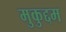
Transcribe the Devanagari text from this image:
मुकुद्दम